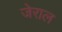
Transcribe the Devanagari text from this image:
जेराल